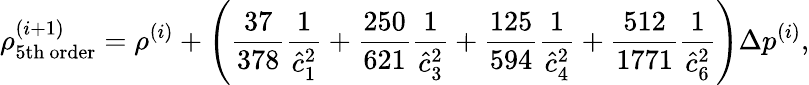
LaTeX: \rho_{\mathrm{5th~order}}^{(i+1)}=\rho^{(i)}+\left(\frac{37}{378}\frac{1}{\hat{c}_{1}^{2}}+\frac{250}{621}\frac{1}{\hat{c}_{3}^{2}}+\frac{125}{594}\frac{1}{\hat{c}_{4}^{2}}+\frac{512}{1771}\frac{1}{\hat{c}_{6}^{2}}\right)\Delta p^{(i)},